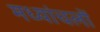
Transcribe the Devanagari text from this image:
मध्यांचलों